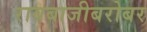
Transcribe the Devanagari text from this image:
रावबाजीबरोबर